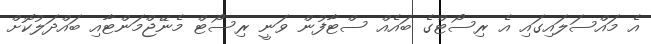
އެ މައްސަލައިގައި އެ ރިސޯޓްގެ ބައެއް ސްޓާފުން ވަނީ ރިސޯޓް މެނޭޖްމަންޓާއި ބައްދަލުކޮށް